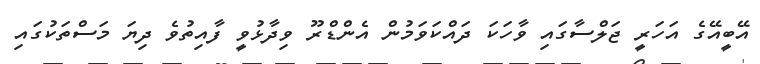
އޭބީއޭގެ އަހަރީ ޖަލްސާގައި ވާހަކަ ދައްކަވަމުން އެންޑްރޫ ވިދާޅުވީ ފާއިތުވެ ދިޔަ މަސްތަކުގައި